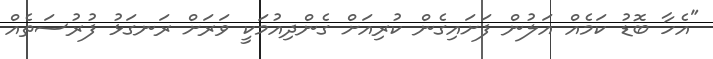
"އެހާ ބޮޑު ކަމެއް އަލުން ފަށައިގެން ކުރިއަށް ގެންދިއުމަކީ ވަރަށް ރަނގަޅު ފުރުސަތެއް